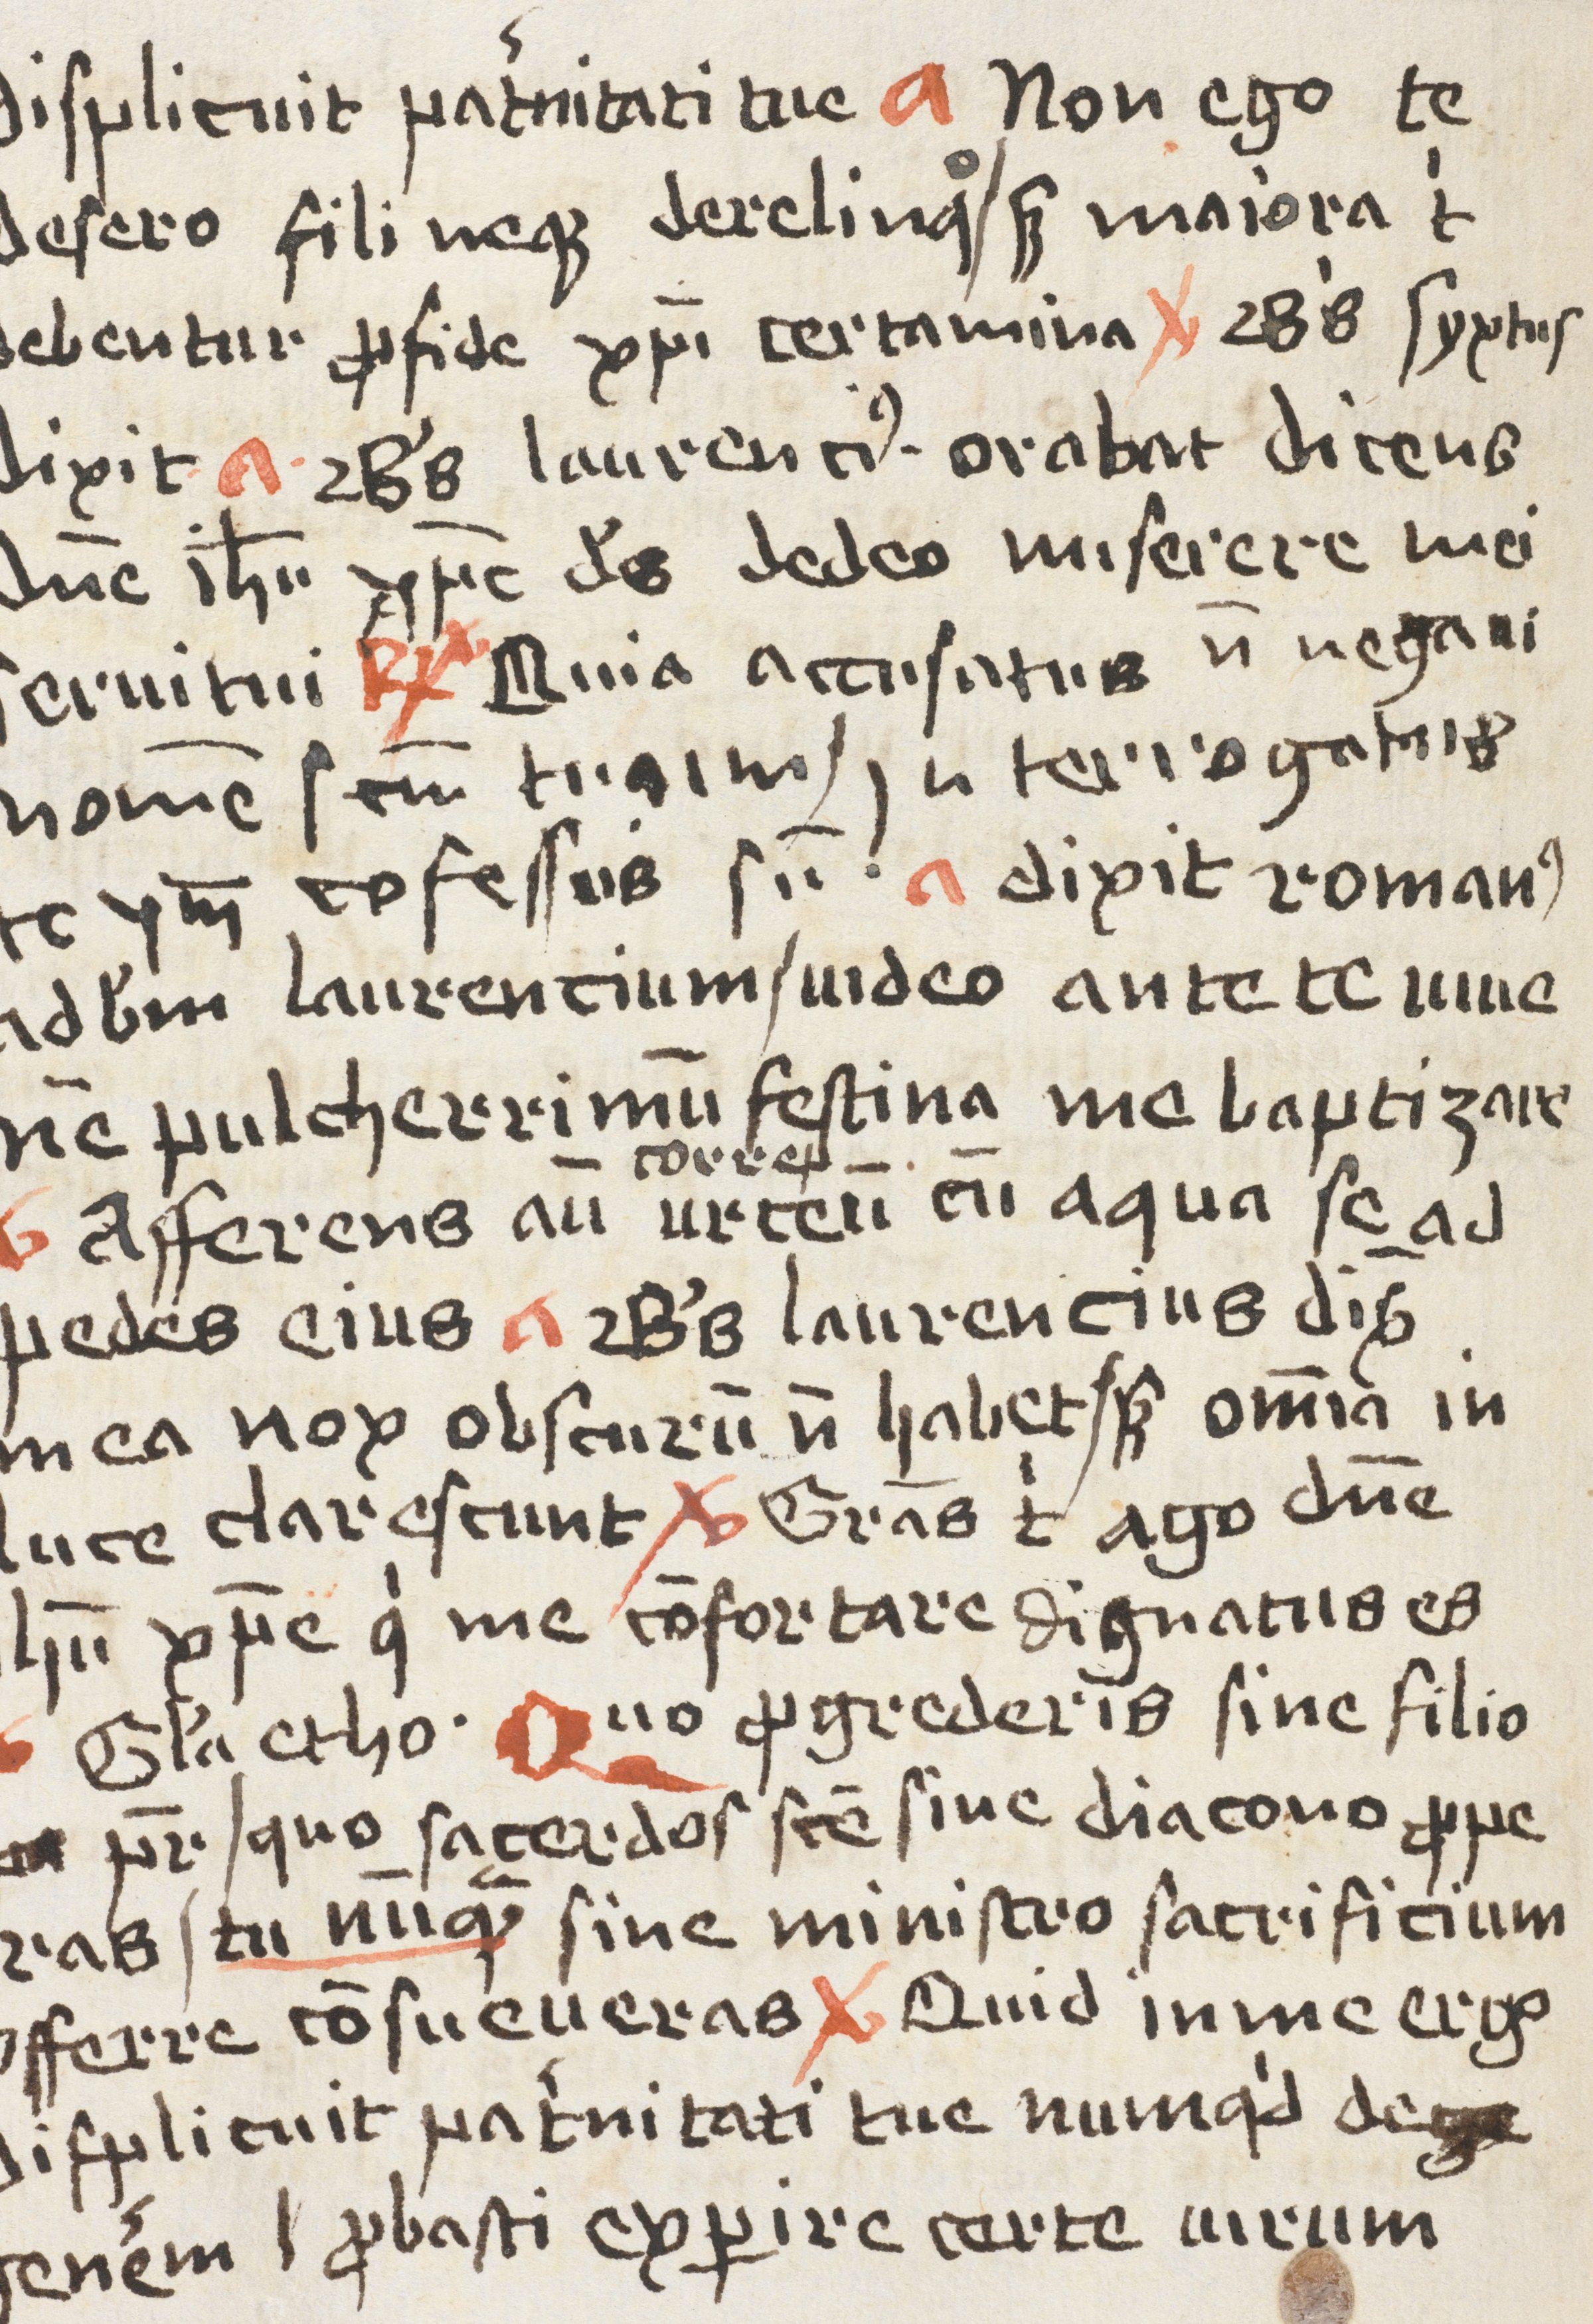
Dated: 1400–1499